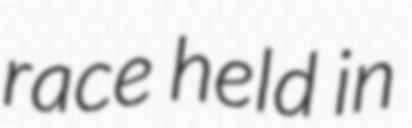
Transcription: race held in